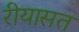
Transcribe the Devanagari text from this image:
रीयासत